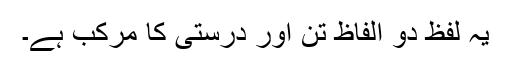
یہ لفظ دو الفاظ تن اور درستی کا مرکب ہے۔